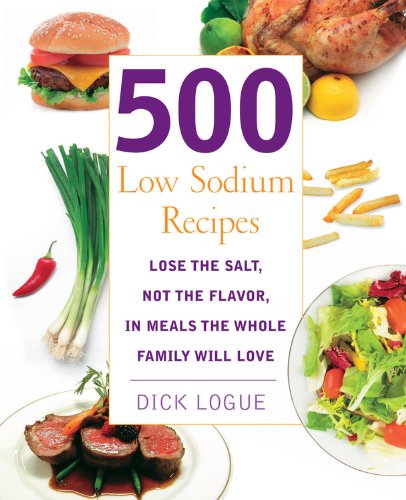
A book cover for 500 Low Sodium Recipes: Lose the salt, not the flavor in meals the whole family will love; Dick Logue; Cookbooks, Food & Wine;